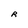
Character: R